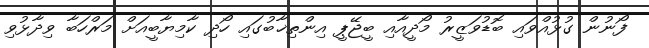
ފޯނުން ގުޅުއްވައި ބޮޑުވަޒީރު މޯދީއާއި ބީޖޭޕީ އިންތިޚާބުގައި ހޯދި ކާމިޔާބީއަށް މަރްހަބާ ވިދާޅުވި